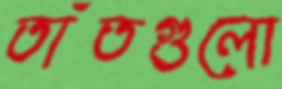
তাঁতগুলো